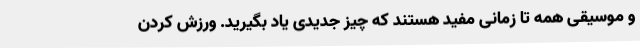
و موسیقی همه تا زمانی مفید هستند که چیز جدیدی یاد بگیرید. ورزش کردن